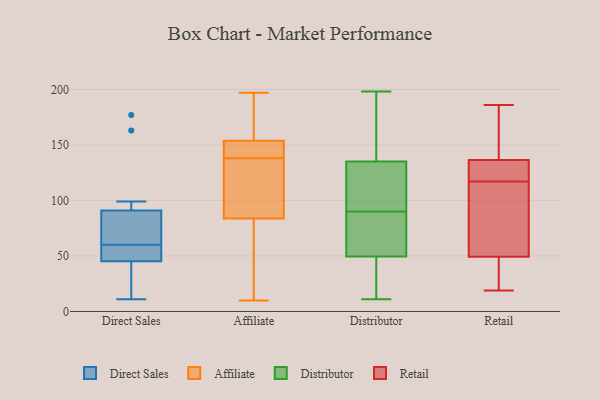
{"axis": {"x": "Market Share (%)", "y": "Value"}, "legend": ["Affiliate", "Direct Sales", "Distributor", "Retail"], "data": [{"x": "", "y": 67, "type": "Direct Sales"}, {"x": "", "y": 67, "type": "Direct Sales"}, {"x": "", "y": 17, "type": "Direct Sales"}, {"x": "", "y": 177, "type": "Direct Sales"}, {"x": "", "y": 99, "type": "Direct Sales"}, {"x": "", "y": 60, "type": "Direct Sales"}, {"x": "", "y": 43, "type": "Direct Sales"}, {"x": "", "y": 11, "type": "Direct Sales"}, {"x": "", "y": 163, "type": "Direct Sales"}, {"x": "", "y": 55, "type": "Direct Sales"}, {"x": "", "y": 52, "type": "Direct Sales"}, {"x": "", "y": 142, "type": "Affiliate"}, {"x": "", "y": 90, "type": "Affiliate"}, {"x": "", "y": 144, "type": "Affiliate"}, {"x": "", "y": 138, "type": "Affiliate"}, {"x": "", "y": 150, "type": "Affiliate"}, {"x": "", "y": 100, "type": "Affiliate"}, {"x": "", "y": 10, "type": "Affiliate"}, {"x": "", "y": 197, "type": "Affiliate"}, {"x": "", "y": 31, "type": "Affiliate"}, {"x": "", "y": 127, "type": "Affiliate"}, {"x": "", "y": 165, "type": "Affiliate"}, {"x": "", "y": 65, "type": "Affiliate"}, {"x": "", "y": 183, "type": "Affiliate"}, {"x": "", "y": 33, "type": "Distributor"}, {"x": "", "y": 94, "type": "Distributor"}, {"x": "", "y": 34, "type": "Distributor"}, {"x": "", "y": 95, "type": "Distributor"}, {"x": "", "y": 175, "type": "Distributor"}, {"x": "", "y": 185, "type": "Distributor"}, {"x": "", "y": 198, "type": "Distributor"}, {"x": "", "y": 105, "type": "Distributor"}, {"x": "", "y": 86, "type": "Distributor"}, {"x": "", "y": 42, "type": "Distributor"}, {"x": "", "y": 165, "type": "Distributor"}, {"x": "", "y": 84, "type": "Distributor"}, {"x": "", "y": 101, "type": "Distributor"}, {"x": "", "y": 57, "type": "Distributor"}, {"x": "", "y": 79, "type": "Distributor"}, {"x": "", "y": 11, "type": "Distributor"}, {"x": "", "y": 125, "type": "Retail"}, {"x": "", "y": 135, "type": "Retail"}, {"x": "", "y": 71, "type": "Retail"}, {"x": "", "y": 137, "type": "Retail"}, {"x": "", "y": 46, "type": "Retail"}, {"x": "", "y": 117, "type": "Retail"}, {"x": "", "y": 128, "type": "Retail"}, {"x": "", "y": 49, "type": "Retail"}, {"x": "", "y": 180, "type": "Retail"}, {"x": "", "y": 50, "type": "Retail"}, {"x": "", "y": 186, "type": "Retail"}, {"x": "", "y": 99, "type": "Retail"}, {"x": "", "y": 172, "type": "Retail"}, {"x": "", "y": 19, "type": "Retail"}, {"x": "", "y": 40, "type": "Retail"}]}